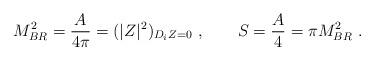
LaTeX: \begin{align*} M_{BR}^2= {A\over 4\pi} = (|Z|^2)_{D_i Z=0} \ , \qquad S={A\over 4} = \pi M_{BR}^2 \ .\end{align*}